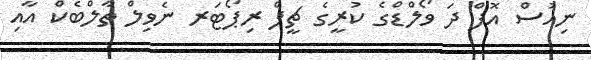
ނިއުސް އޮފް ދަ ވޯލްޑްގެ ކުރީގެ ޗީފް ރިޕޯޓަރ ނެވިލް ތާލްބެކް އާއި